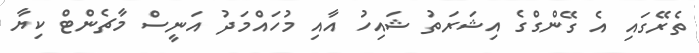
ތެރޭގައި އެ ގޭންގްގެ އިޝަރަތު ޝައިހު އާއި މުހައްމަދު އަނީސް މާޗެންޓް ކިޔާ